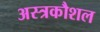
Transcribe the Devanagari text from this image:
अस्त्रकौशल